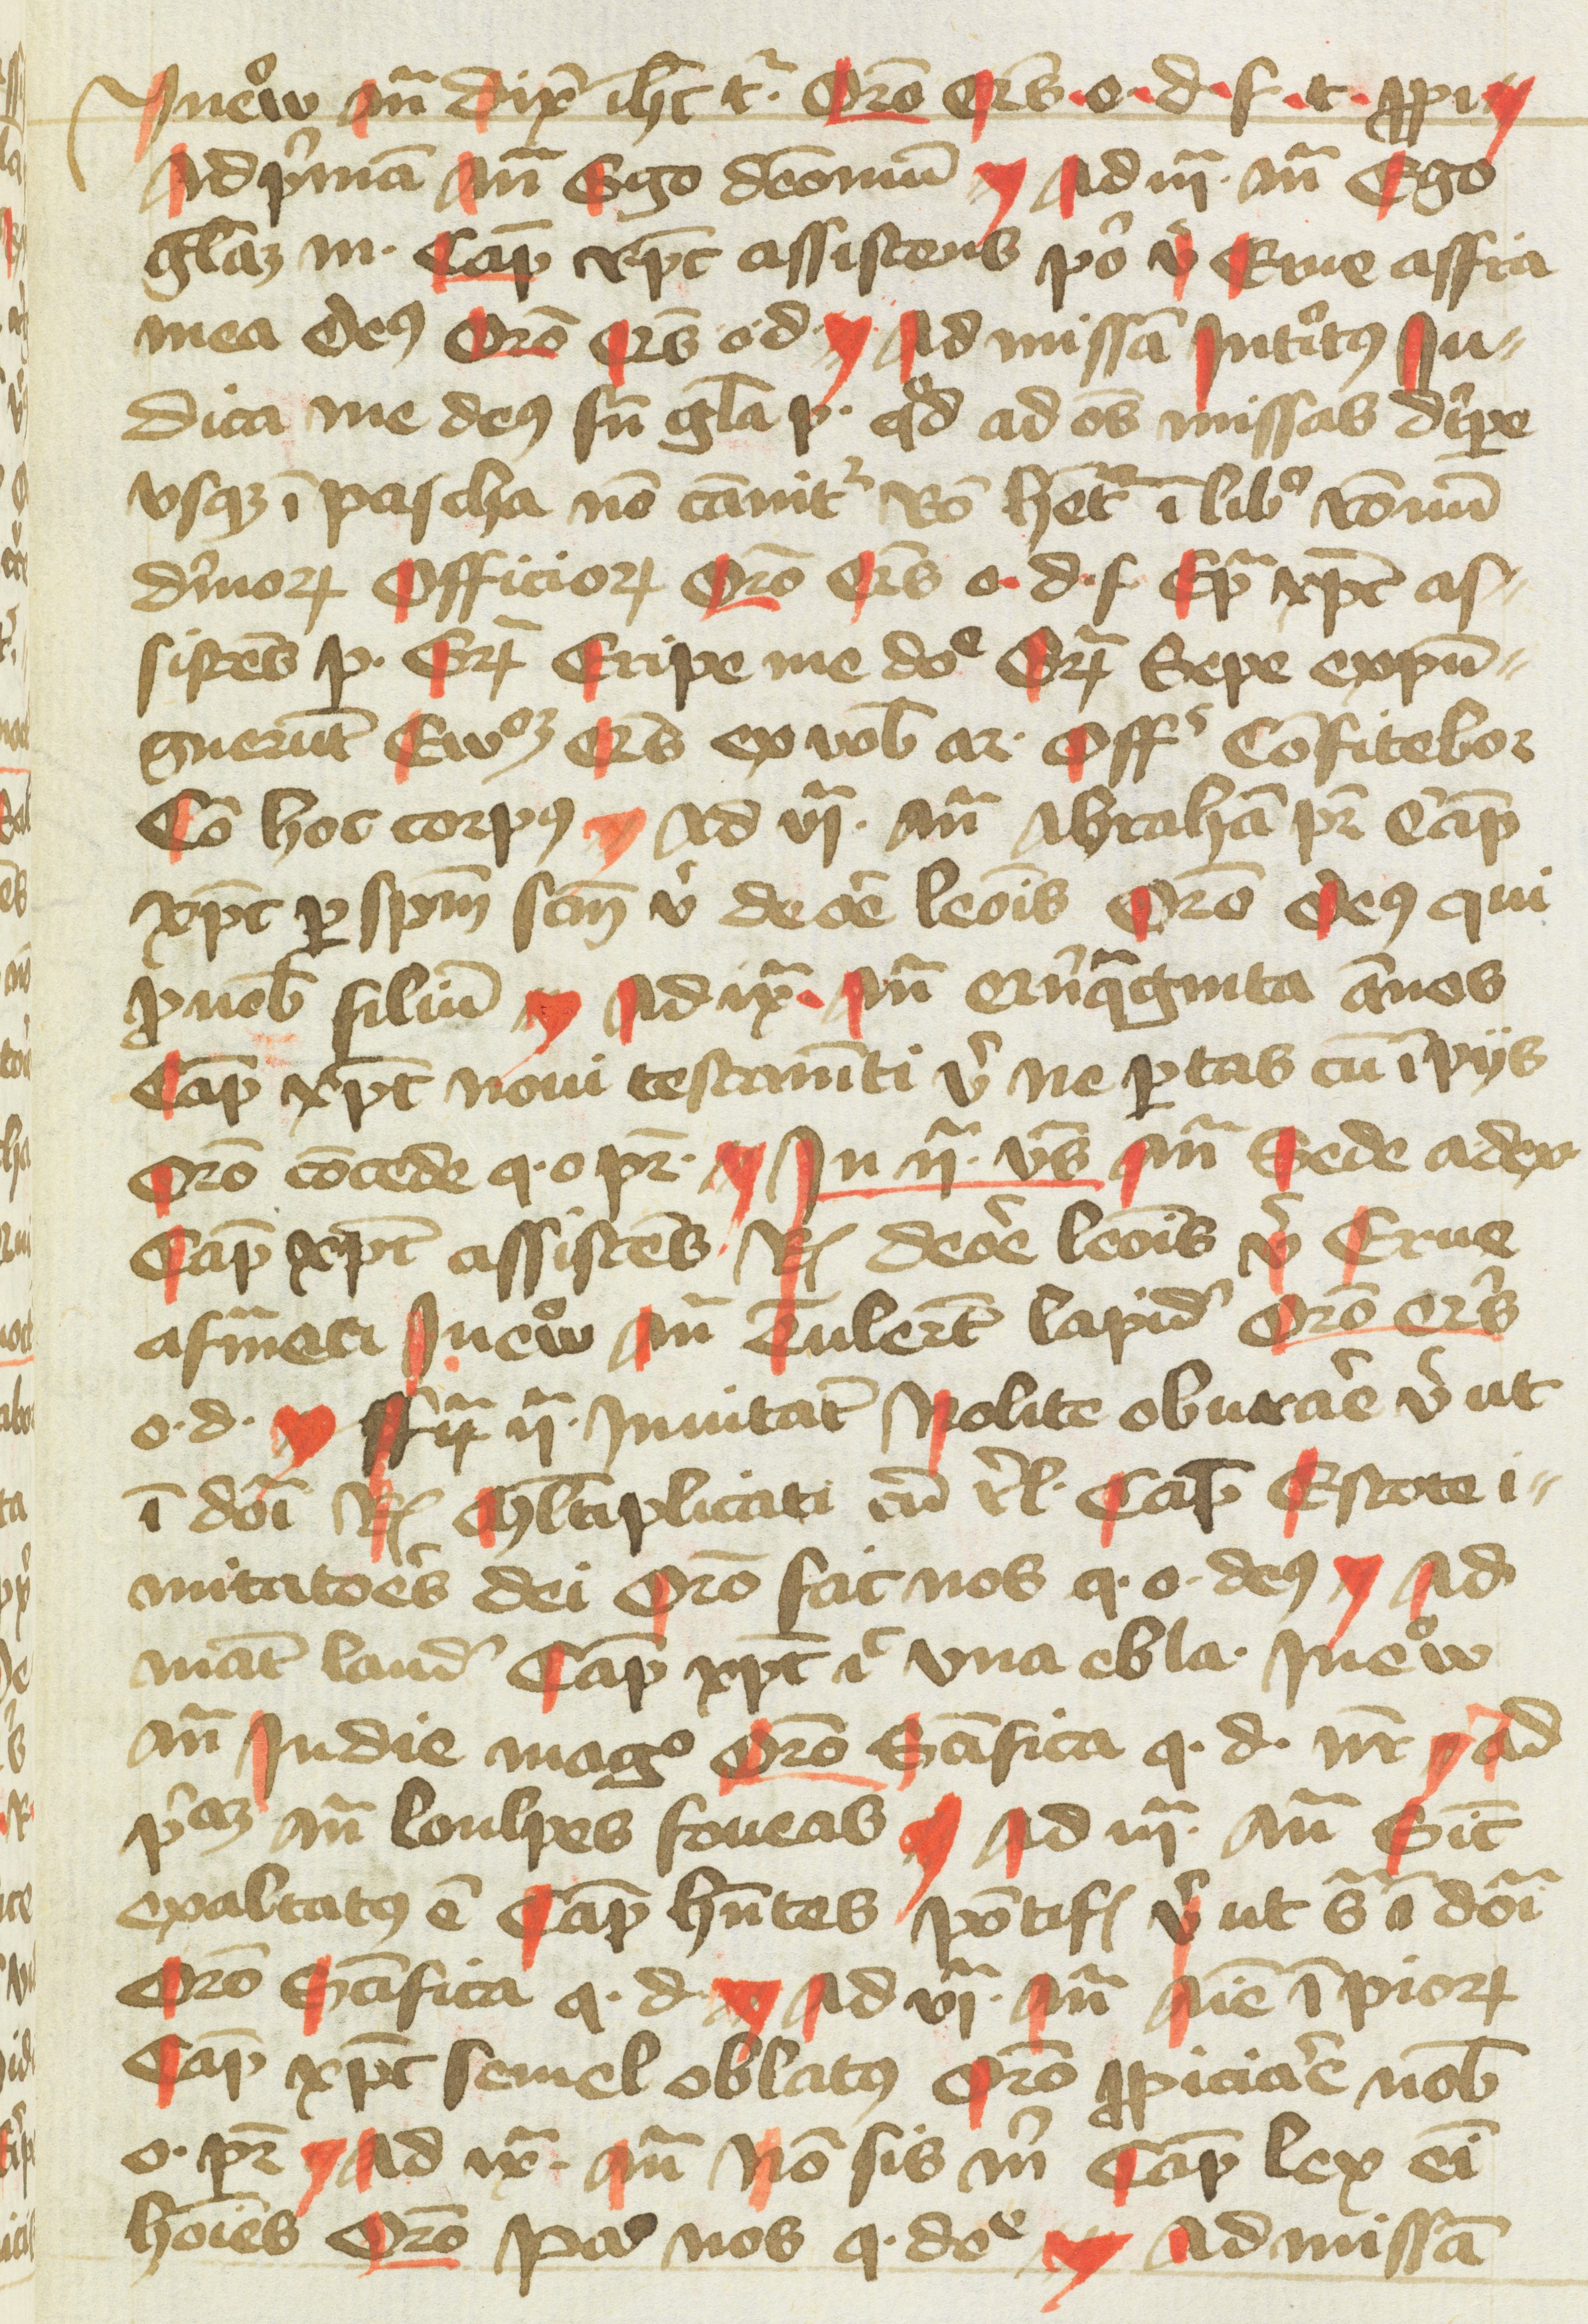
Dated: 1400–1499